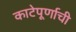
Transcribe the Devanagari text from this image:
काटेपूर्णाची